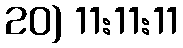
20) 11:11:11